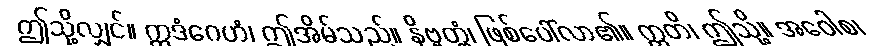
ဤသို့လျှင်။ ဣဒံဂေဟံ၊ ဤအိမ်သည်။ နိဗ္ဗတ္တံ၊ ဖြစ်ပေါ်လာ၏။ ဣတိ၊ ဤသို့။ အဝေါစ၊